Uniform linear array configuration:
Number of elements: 32
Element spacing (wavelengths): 0.5
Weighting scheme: uniform
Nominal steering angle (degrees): -30
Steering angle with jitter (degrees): -30.769
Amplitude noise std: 0.05
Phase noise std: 0.05

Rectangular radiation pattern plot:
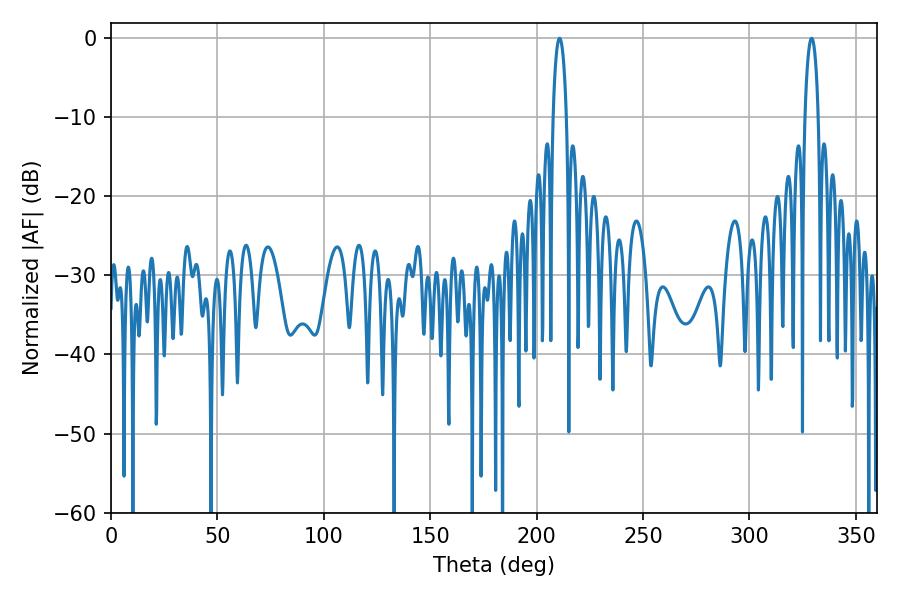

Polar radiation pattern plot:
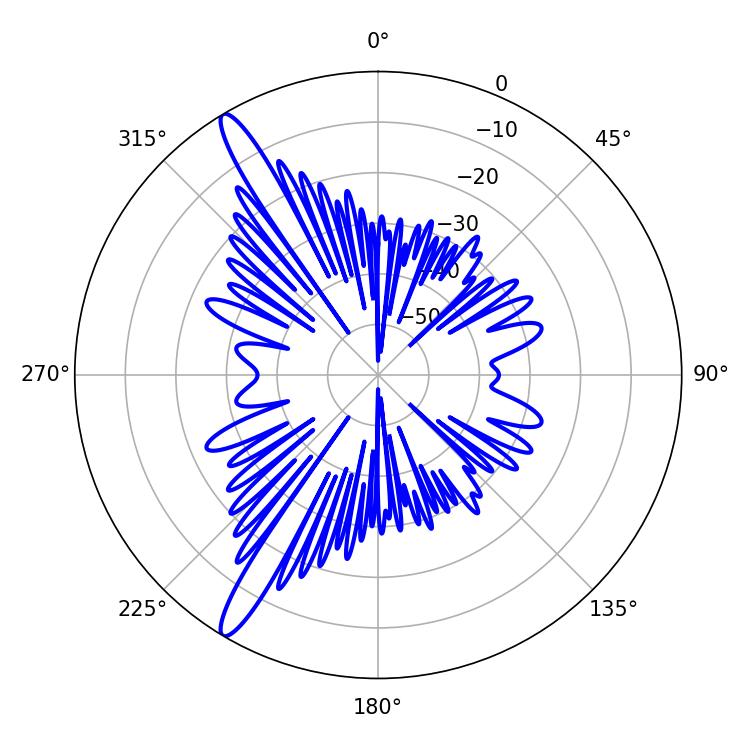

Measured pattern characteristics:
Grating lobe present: FALSE
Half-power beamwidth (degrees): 3.6
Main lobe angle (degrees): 210.78